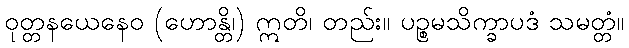
ဝုတ္တနယေနေဝ (ဟောန္တိ၊) ဣတိ၊ တည်း။ ပဉ္စမသိက္ခာပဒံ သမတ္တံ။